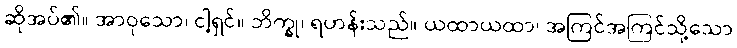
ဆိုအပ်၏။ အာဝုသော၊ ငါ့ရှင်။ ဘိက္ခု၊ ရဟန်းသည်။ ယထာယထာ၊ အကြင်အကြင်သို့သော